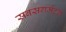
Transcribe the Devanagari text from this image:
सबसगमेंटल